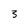
Character: 3